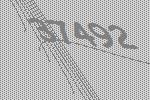
37492